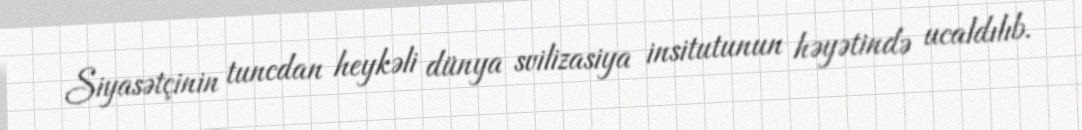
Siyasətçinin tuncdan heykəli dünya svilizasiya insitutunun həyətində ucaldılıb.